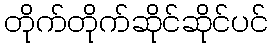
တိုက်တိုက်ဆိုင်ဆိုင်ပင်